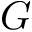
G